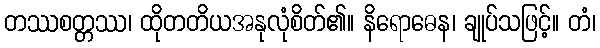
တဿစတ္တဿ၊ ထိုတတိယအနုလုံစိတ်၏။ နိရောဓေန၊ ချုပ်သဖြင့်။ တံ၊